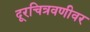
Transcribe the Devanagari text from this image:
दूरचित्रवणीवर